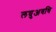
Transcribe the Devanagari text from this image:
लघुअवधि